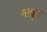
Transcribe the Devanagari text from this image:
मल्लूर